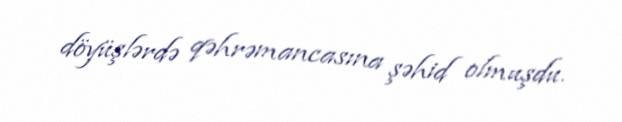
döyüşlərdə qəhrəmancasına şəhid olmuşdu.